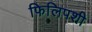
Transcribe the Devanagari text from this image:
फिलिपशी